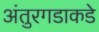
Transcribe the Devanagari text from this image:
अंतुरगडाकडे